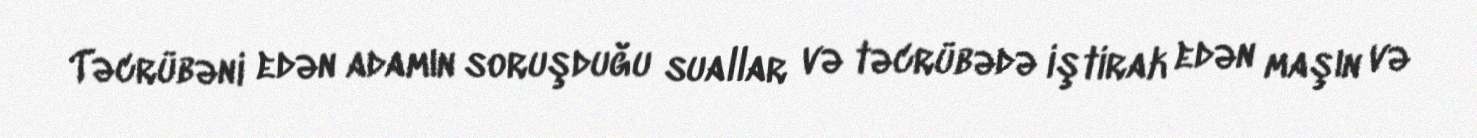
Təcrübəni edən adamın soruşduğu suallar və təcrübədə iştirak edən maşın və